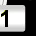
Digit: 1